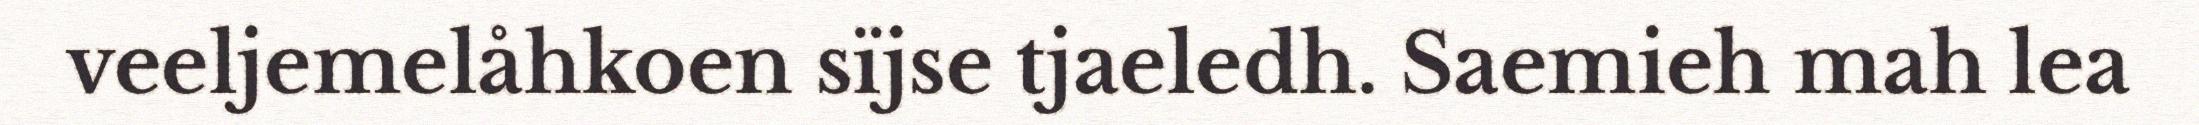
veeljemelåhkoen sïjse tjaeledh. Saemieh mah lea